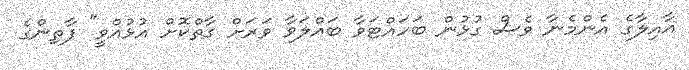
އާއިލާގެ އެންމެނާ ވެސް ގުޅުން ބަހައްޓަވާ ބައްލަވާ ވަރަށް ގާތްކޮށް އުޅުއްވީ" ފާތިންގެ